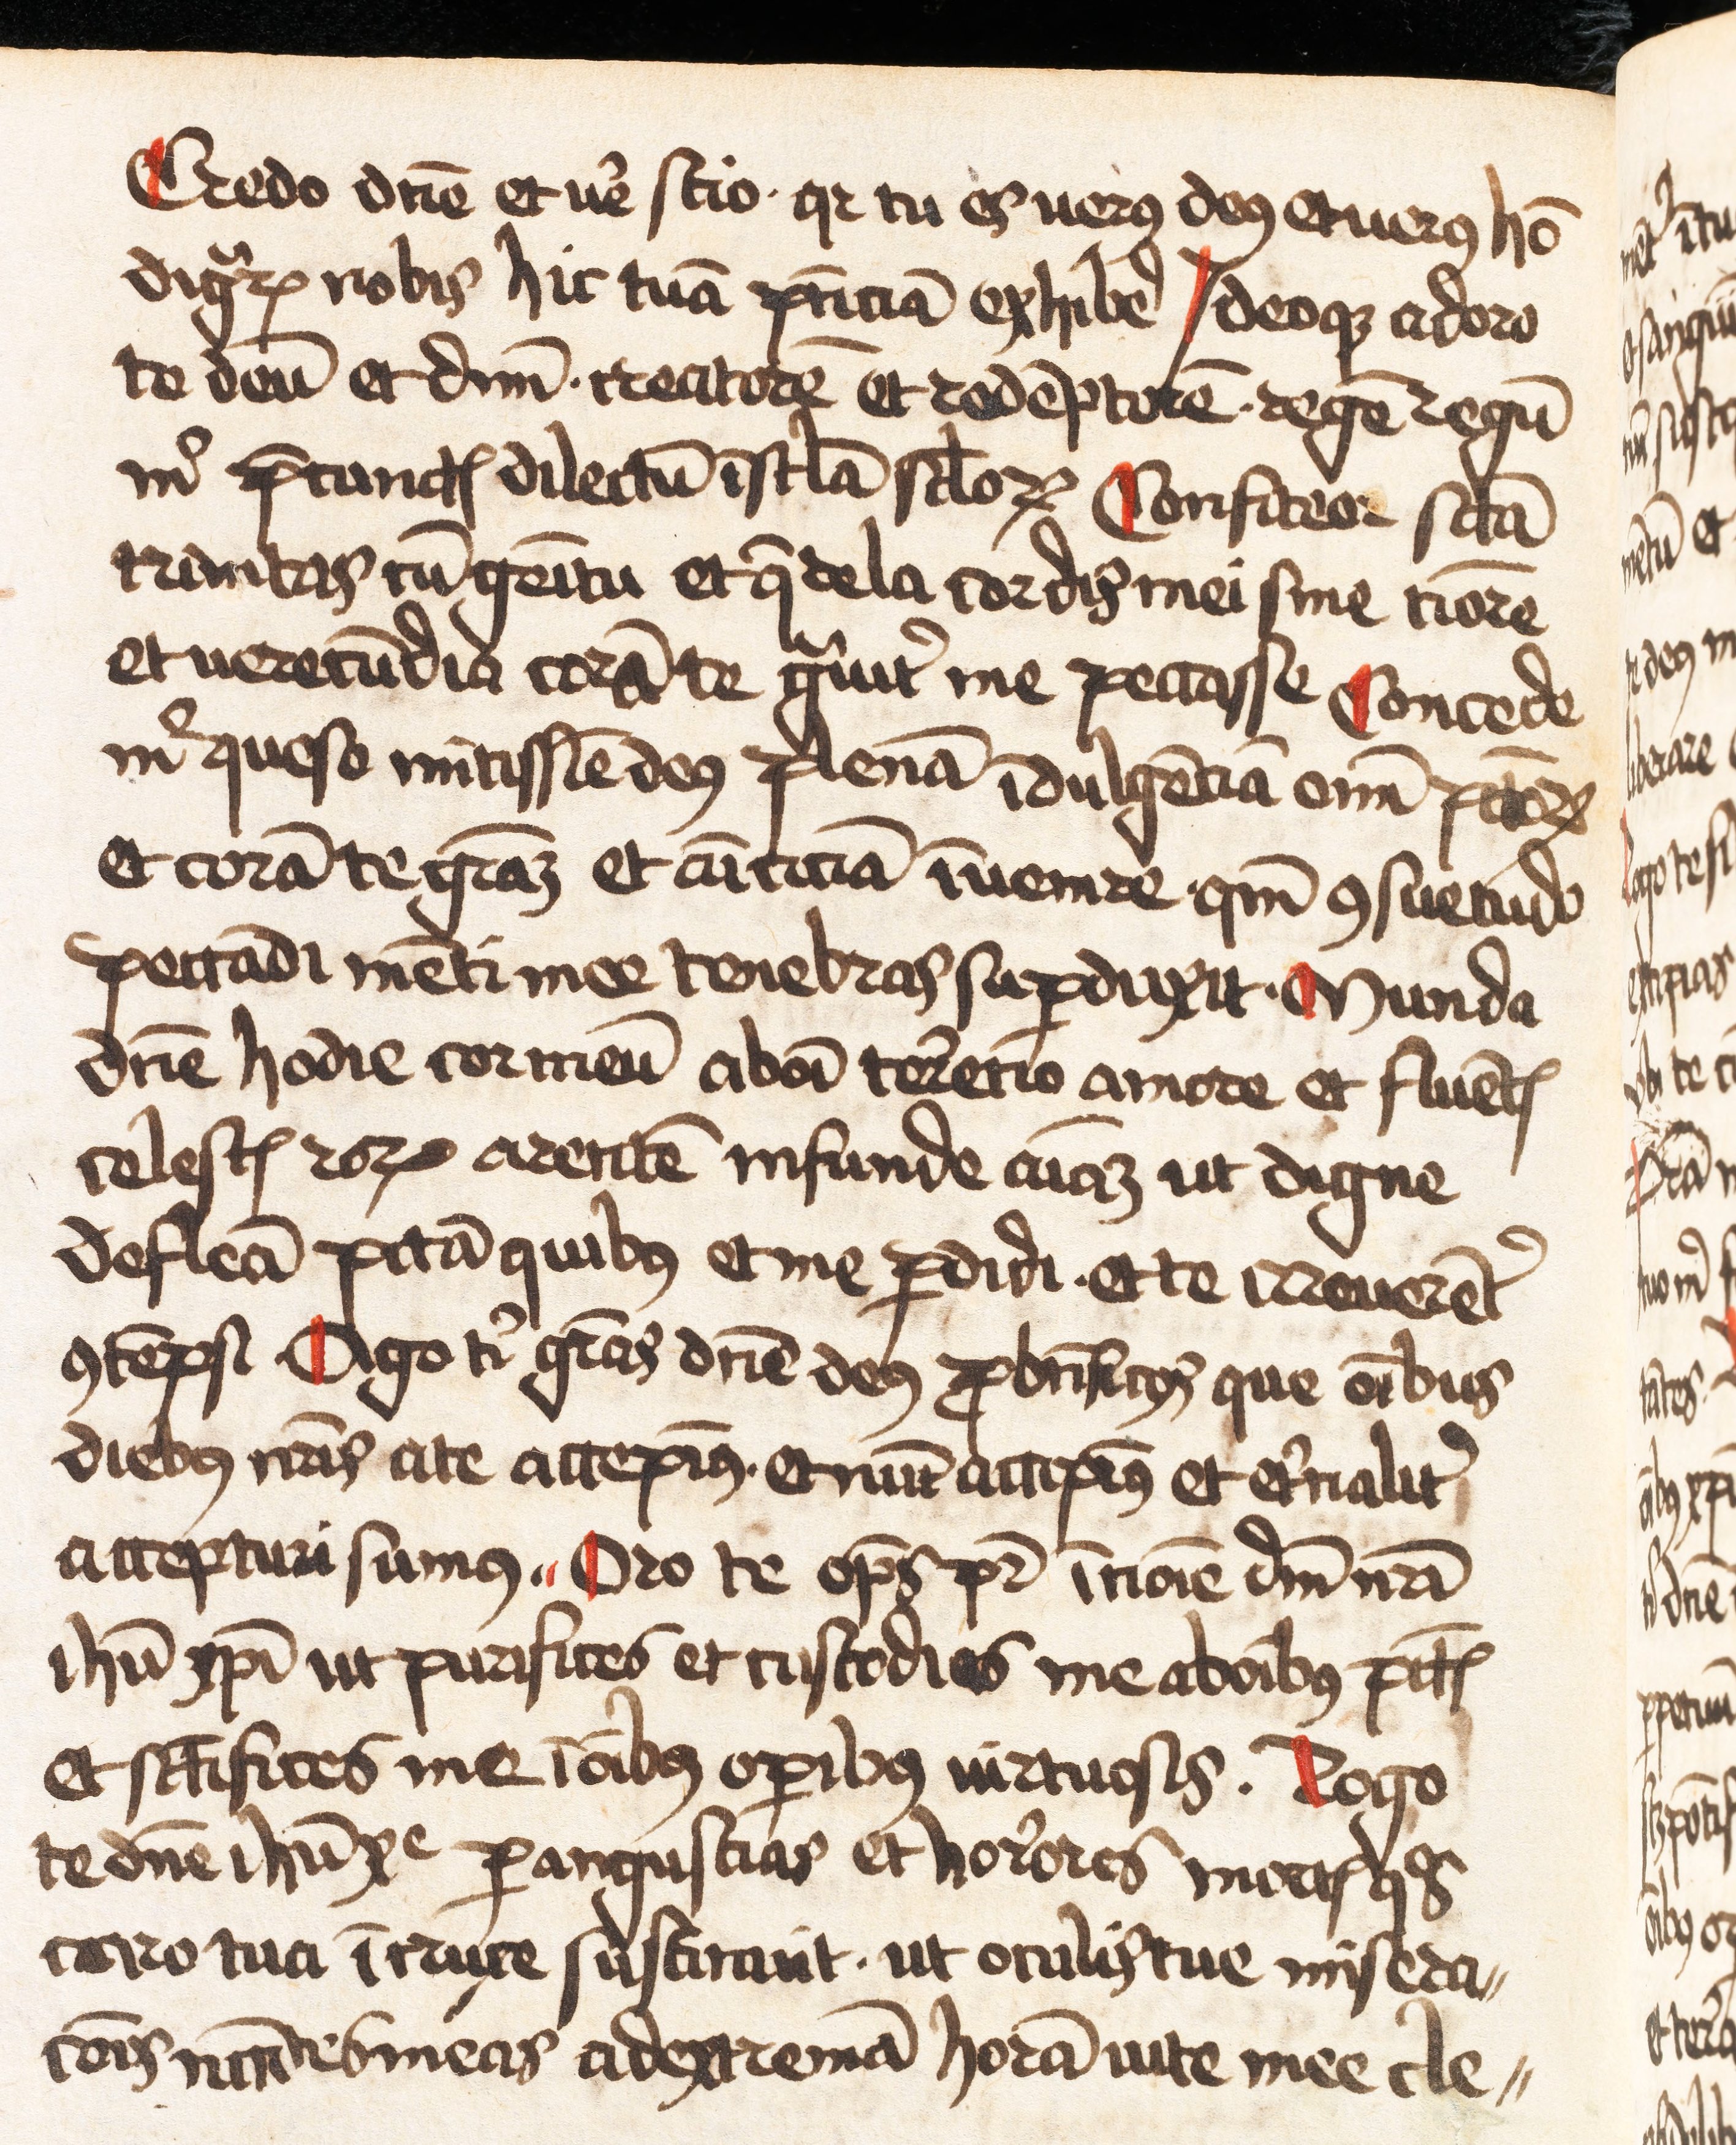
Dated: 1445–1499